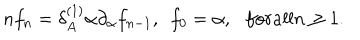
LaTeX: n f _ { n } = \delta _ { A } ^ { ( 1 ) } \alpha \partial _ { \alpha } f _ { n - 1 } , \ \ f _ { 0 } = \alpha , \ \ \, f o r a l l n \geq 1 .